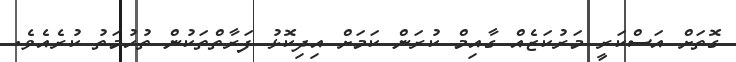
ގޮތަށް އަސްކަރީ މަރުކަޒެއް ގާއިމް ކުރަން ކަމަށް އިދިކޮޅު ފަރާތްތަކުން ތުހުމަތު ކުރެއެވެ.